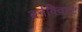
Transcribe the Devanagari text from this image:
बर्नक्विस्ट